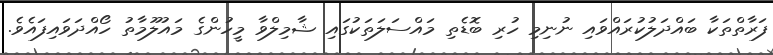
ފަރާތްތަކާ ބައްދަލުކުރައްވައި ނުނިމި ހުރި ބޮޑެތި މައްސަލަތަކުގައި ޝާމިލްވާ މީހުންގެ މައުލޫމާތު ހޯއްދަވައިފައެވެ.